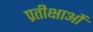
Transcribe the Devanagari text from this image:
प्रतीक्षाओं